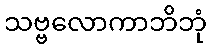
သဗ္ဗလောကာဘိဘုံ